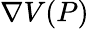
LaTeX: \nabla V(P)